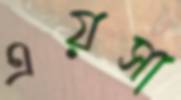
এয়সা